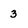
Character: 3